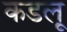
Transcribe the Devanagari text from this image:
कडलू